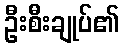
ဦးစီးချုပ်၏